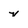
Character: v